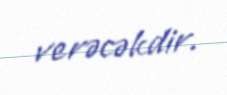
verəcəkdir.